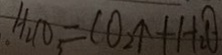
H _ { 2 } C O _ { 3 } = C O _ { 2 } \uparrow + H _ { 2 } O